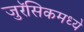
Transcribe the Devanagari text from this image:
जुरॅसिकमध्ये